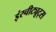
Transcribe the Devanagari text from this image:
इंस्चीट्यूट्स